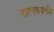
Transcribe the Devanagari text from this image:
आत्मकथनीय